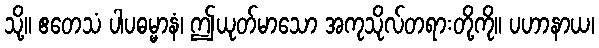
သို့။ ဧတေသံ ပါပဓမ္မာနံ၊ ဤယုတ်မာသော အကုသိုလ်တရားတို့ကို။ ပဟာနာယ၊